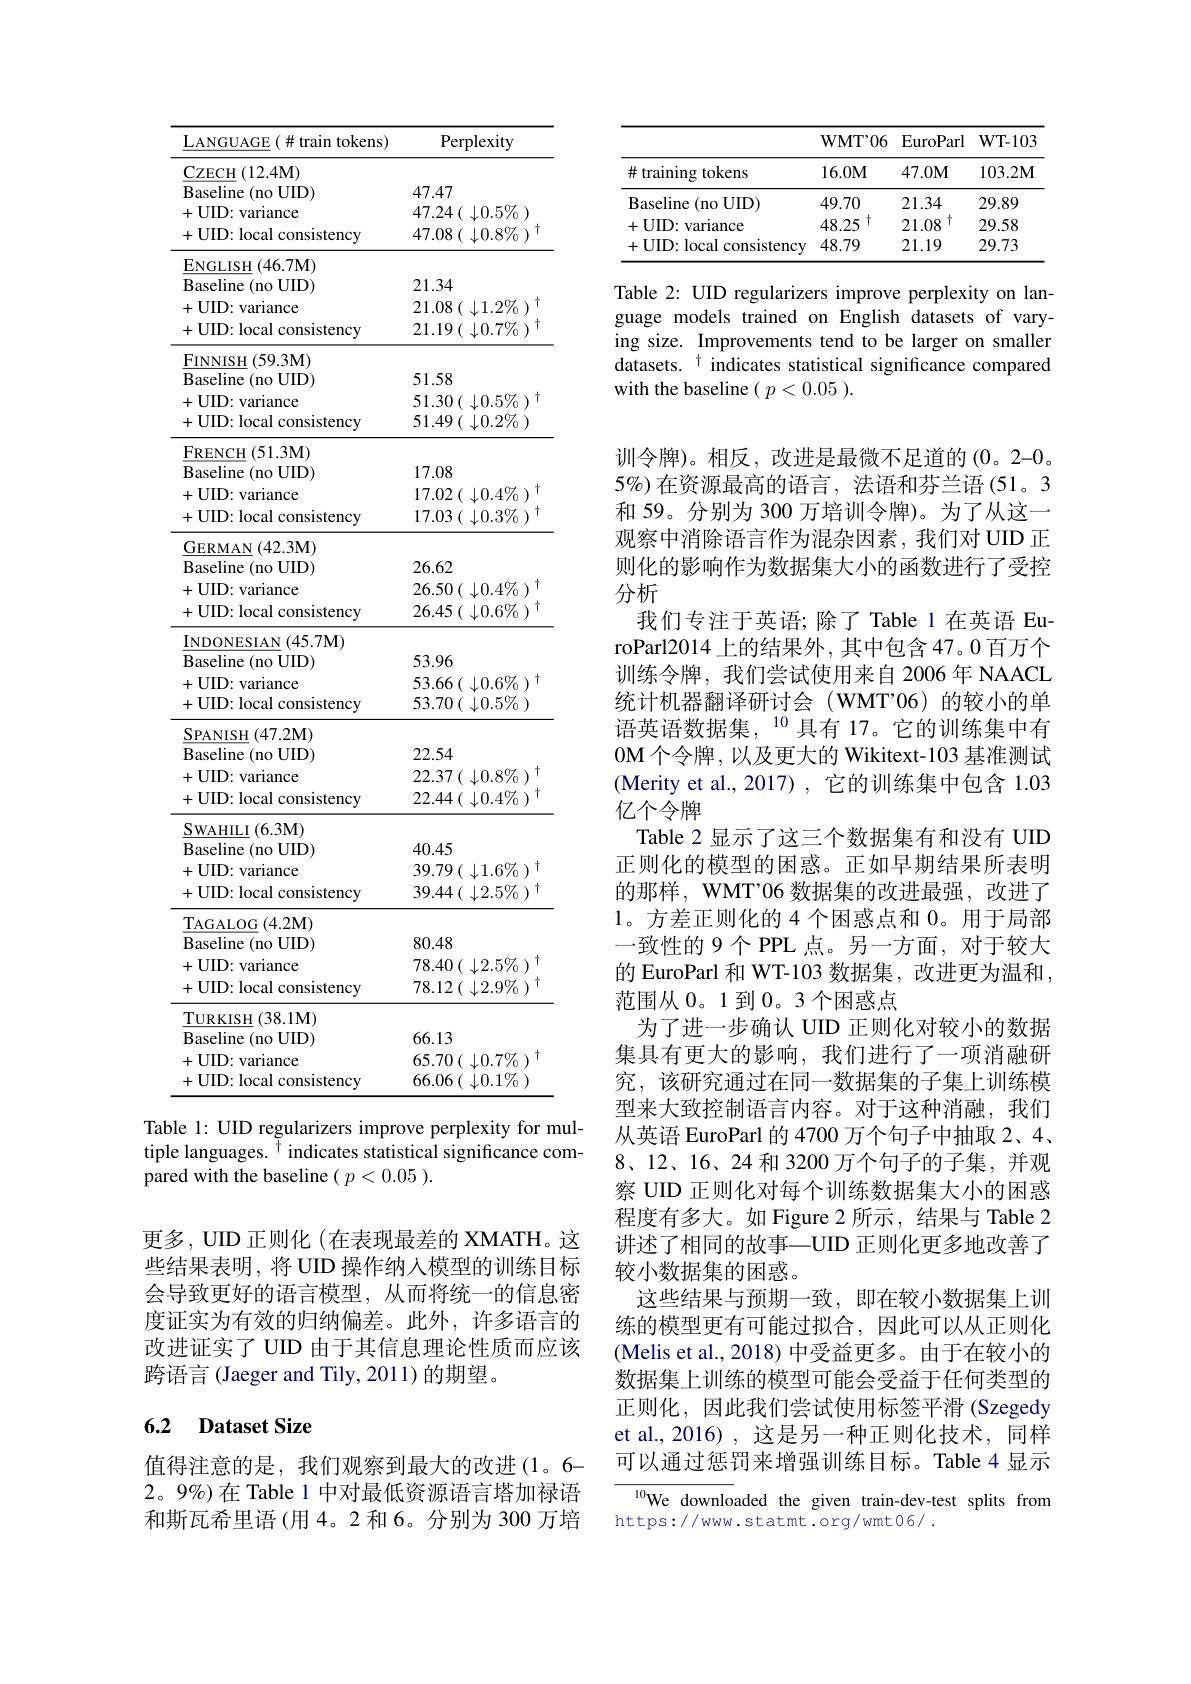
<table>
	<tbody>
		<tr>
			<th>LANGUAGE$( \#$train tokens)</th>
			<th>Perplexity</th>
		</tr>
		<tr>
			<td>$\mathbf{CZECH}$ ${\mathcal{H}}\left(12.4\mathrm{M}\right)$</td>
			<td> </td>
		</tr>
		<tr>
			<td>Baseline ( no UID) </td>
			<td>47.47</td>
		</tr>
		<tr>
			<td>+UID: variance</td>
			<td>$47.24\left(\:\downarrow0.5\%\:\right)$</td>
		</tr>
		<tr>
			<td>+UID: local consistency</td>
			<td>47.08 ( $\downarrow 0. 8\%$ )</td>
		</tr>
		<tr>
			<td>ENGLISH ( 46. 7M) </td>
			<td> </td>
		</tr>
		<tr>
			<td>Baseline ( no UID) </td>
			<td>21.34</td>
		</tr>
		<tr>
			<td>+UID: variance</td>
			<td>21.08 ( $\downarrow 1. 2\%$</td>
		</tr>
		<tr>
			<td>+UID: local consistency</td>
			<td>$21.19\left(\downarrow0.7\%\right)$</td>
		</tr>
		<tr>
			<td>FINNISH ( 59. 3M) </td>
			<td> </td>
		</tr>
		<tr>
			<td>Baseline ( no UID) </td>
			<td>51.58</td>
		</tr>
		<tr>
			<td>+UID: variance</td>
			<td>51.30 ( $\downarrow 0. 5\%$ )</td>
		</tr>
		<tr>
			<td>+UID: local consistency</td>
			<td>$51.49\left(\:\downarrow0.2\%\:\right)$</td>
		</tr>
		<tr>
			<td>$FRENCH$ (51.3M)</td>
			<td> </td>
		</tr>
		<tr>
			<td>Baseline ( no UID) </td>
			<td>17.08</td>
		</tr>
		<tr>
			<td>+UID: variance</td>
			<td>17.02 ( $\downarrow 0. 4\%$ )</td>
		</tr>
		<tr>
			<td>+UID: local consistency</td>
			<td>17.03 ( $\downarrow 0. 3\%$ )</td>
		</tr>
		<tr>
			<td>GERMAN (42.3M)</td>
			<td> </td>
		</tr>
		<tr>
			<td>Baseline ( no UID) </td>
			<td>26.62</td>
		</tr>
		<tr>
			<td>$1V$</td>
			<td>LU. 、1 $\angle AB=\angle AB$</td>
		</tr>
		<tr>
			<td>+UID: variance</td>
			<td>26.50 ( $| 0. 4\%$ )</td>
		</tr>
		<tr>
			<td>UID: varıance</td>
			<td>$\angle0.$</td>
		</tr>
		<tr>
			<td>+UID: local consistency</td>
			<td>26.45 ( $\downarrow 0. 6\%$ )</td>
		</tr>
		<tr>
			<td>$\cdot{\mathrm{UID:~IOCal~consistency}}$</td>
			<td>$40(\psi0.0/0$</td>
		</tr>
		<tr>
			<td>$INDONESIAN(45.7M)$</td>
			<td> </td>
		</tr>
		<tr>
			<td>$INDONESIAN$ $(45.7\mathbf{M})$</td>
			<td> </td>
		</tr>
		<tr>
			<td>Baseline (no UID)</td>
			<td>53.96</td>
		</tr>
		<tr>
			<td>me ( mo 01D</td>
			<td>1 T</td>
		</tr>
		<tr>
			<td>+UID: variance</td>
			<td>$53.66(\downarrow0.6\%)$</td>
		</tr>
		<tr>
			<td>$UID:$ Varlance Tmn $\cdot1_{\mathrm{ocal}}$ msisteno</td>
			<td>$\partial.0$ 537 1</td>
		</tr>
		<tr>
			<td>IUCan cu $15tuncy$</td>
			<td>$0\setminus{\downarrow}$ 70</td>
		</tr>
		<tr>
			<td>SPANISH $(47.2\mathbf{M})$</td>
			<td> </td>
		</tr>
		<tr>
			<td>Baseline (no $0UID)$</td>
			<td>22.54</td>
		</tr>
		<tr>
			<td> </td>
			<td> </td>
		</tr>
		<tr>
			<td>+UID: variance</td>
			<td>$22.37\left(\downarrow0.8\%\right)$</td>
		</tr>
		<tr>
			<td>+UID: local consistency</td>
			<td>$22.44\left(\:\downarrow0.4\%\:\right)$</td>
		</tr>
		<tr>
			<td>SWAHILI(6.3M)</td>
			<td> </td>
		</tr>
		<tr>
			<td>Baseline( noUD) </td>
			<td>40.45</td>
		</tr>
		<tr>
			<td>+UID: variance</td>
			<td>$39.79(\downarrow1.6\%$ $\frac{1}{2}$</td>
		</tr>
		<tr>
			<td>+UID: local consistency</td>
			<td>39.44( $\downarrow 2. 5\%$ )</td>
		</tr>
		<tr>
			<td>TAGALOG$\left ( 4. 2\mathrm{M} \right )$</td>
			<td> </td>
		</tr>
		<tr>
			<td>Baseline (no UID)</td>
			<td>80.48</td>
		</tr>
		<tr>
			<td>+UID: variance</td>
			<td>78.40 ( $\downarrow 2. 5\%$ )</td>
		</tr>
		<tr>
			<td>+UID: local consistency</td>
			<td>$78.12\left(\:\downarrow2.9\%\:\right)$</td>
		</tr>
		<tr>
			<td>TURKISH $(38.1\mathbf{M})$</td>
			<td> </td>
		</tr>
		<tr>
			<td>Baseline ( no UID) </td>
			<td>66.13</td>
		</tr>
		<tr>
			<td>+UID: variance</td>
			<td>$65.70\left(\downarrow0.7\%\right)$</td>
		</tr>
		<tr>
			<td>+UID: local consistency</td>
			<td>$66.06(\downarrow0.1\%)$</td>
		</tr>
	</tbody>
</table>
tiple languages.$^{\breve{\dagger}}$indicates statistical significance com-

pared with the baseline $(p<0.05).$

更多，UID 正则化 (在表现最差的 XMATH。这些结果表明，将 UID 操作纳入模型的训练目标会导致更好的语言模型，从而将统一的信息密度证实为有效的归纳偏差。此外，许多语言的改进证实了 UID 由于其信息理论性质而应该跨语言 (Jaeger and Tily, 2011) 的期望。

### 6.2 Dataset Size

值得注意的是，我们观察到最大的改进(1。6- 2。9%)在 Table 1 中对最低资源语言塔加禄语和斯瓦希里语(用 4。2 和 6。分别为 300 万培

<table>
	<tbody>
		<tr>
			<th> </th>
			<th>$\mathbf{WMT}^{\prime}06$</th>
			<th>EuroParl</th>
			<th>$W$T-103</th>
		</tr>
		<tr>
			<td>$\#$ training tokens 1</td>
			<td>$16.0M$</td>
			<td>$47.0\mathbf{M}$</td>
			<td>$103.2\mathbf{M}$</td>
		</tr>
		<tr>
			<td>$\mathbf{B}$aseline (no UID)</td>
			<td>49.70</td>
			<td>21.34</td>
			<td>29.89</td>
		</tr>
		<tr>
			<td>+UID: variance</td>
			<td>$\dagger$ 48.25</td>
			<td>十 21.08</td>
			<td>29.58</td>
		</tr>
		<tr>
			<td>+UID: local consistency</td>
			<td>48.79</td>
			<td>21.19</td>
			<td>29.73</td>
		</tr>
	</tbody>
</table>

Table 2: UID regularizers improve perplexity on language models trained on English datasets of varying size. Improvements tend to be larger on smaller datasets. $^{\dagger}$ indicates statistical significance compared with the baseline $(p<0.05).$

训令牌)。相反，改进是最微不足道的(0。2-0。$5\%)$在资源最高的语言，法语和芬兰语(51。3和 59。分别为 300 万培训令牌)。为了从这一观察中消除语言作为混杂因素，我们对 UID 正则化的影响作为数据集大小的函数进行了受控分析
我们专注于英语；除了 Table 1 在英语 EuroParl2014 上的结果外，其中包含 47。0 百万个训练令牌，我们尝试使用来自 2006年 NAACL 统计机器翻译研讨会(WMT’06)的较小的单语英语数据集，$^{10}$具有 17。它的训练集中有0M 个令牌 , 以及更大的 Wikitext-103 基准测试(Merity et al.,2017),它的训练集中包含 1.03亿个令牌
Table 2 显示了这三个数据集有和没有 UID 正则化的模型的困惑。正如早期结果所表明的那样，WMT’06 数据集的改进最强，改进了1。方差正则化的 4 个困惑点和 0。用于局部一致性的 9 个 PPL 点。另一方面，对于较大的 EuroParl 和 WT-103 数据集，改进更为温和， 范围从0。1到0。3个困惑点
为了进一步确认 UID 正则化对较小的数据集具有更大的影响，我们进行了一项消融研究，该研究通过在同一数据集的子集上训练模型来大致控制语言内容。对于这种消融，我们从英语 EuroParl 的 4700 万个句子中抽取 2、4、 8、12、16、24 和 3200 万个句子的子集，并观察 UID 正则化对每个训练数据集大小的困惑程度有多大。如 Figure 2 所示 ,结果与 Table 2讲述了相同的故事一UID 正则化更多地改善了较小数据集的困惑。
这些结果与预期一致，即在较小数据集上训练的模型更有可能过拟合，因此可以从正则化(Melis et al., 2018) 中受益更多。由于在较小的数据集上训练的模型可能会受益于任何类型的正则化，因此我们尝试使用标签平滑 (Szegedy et al., 2016) , 这是另一种正则化技术，同样可以通过惩罚来增强训练目标。Table 4 显示${^{10}\text{We downlo}}$aded the given train-dev-test splits from

https://www.statmt.org/wmt06/ .